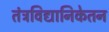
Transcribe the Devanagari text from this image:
तंत्रविद्यानिकेतन